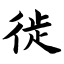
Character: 徙